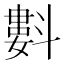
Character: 㪹